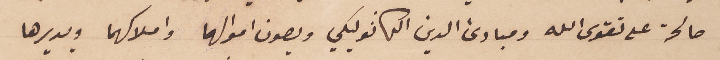
صالحة على تقوى الله ومبادئ الدين الكاثوليكي ويصون اموالهما واملاكهما ويديرها